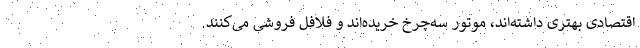
اقتصادی بهتری داشته‌اند، موتور سه‌چرخ خریده‌اند و فلافل فروشی می‌کنند.